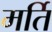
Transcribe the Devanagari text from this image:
मर्ति